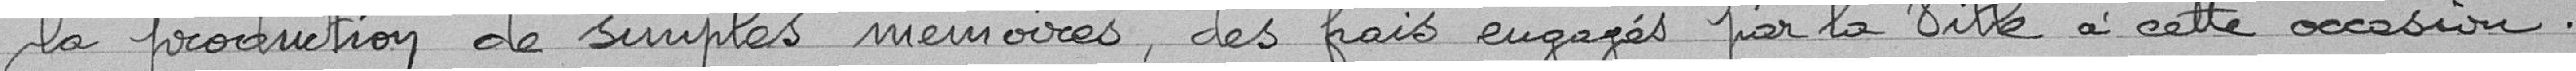
la production de simples mémoires, des frais engagés par la ville à cette occasion.